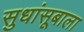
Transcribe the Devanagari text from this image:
सुधांसूबाला